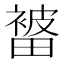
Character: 𭻭